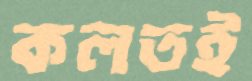
কলতই